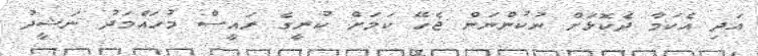
އަދި އެކަމާ ދެކޮޅަށް ނުކުންނަން ޖެހޭ ކަމަށް ކުރީގެ ރައީސް މުހައްމަދު ނަޝީދު